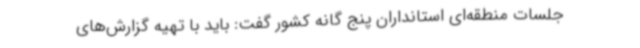
جلسات منطقه‌ای استانداران پنج گانه کشور گفت: باید با تهیه گزارش‌های